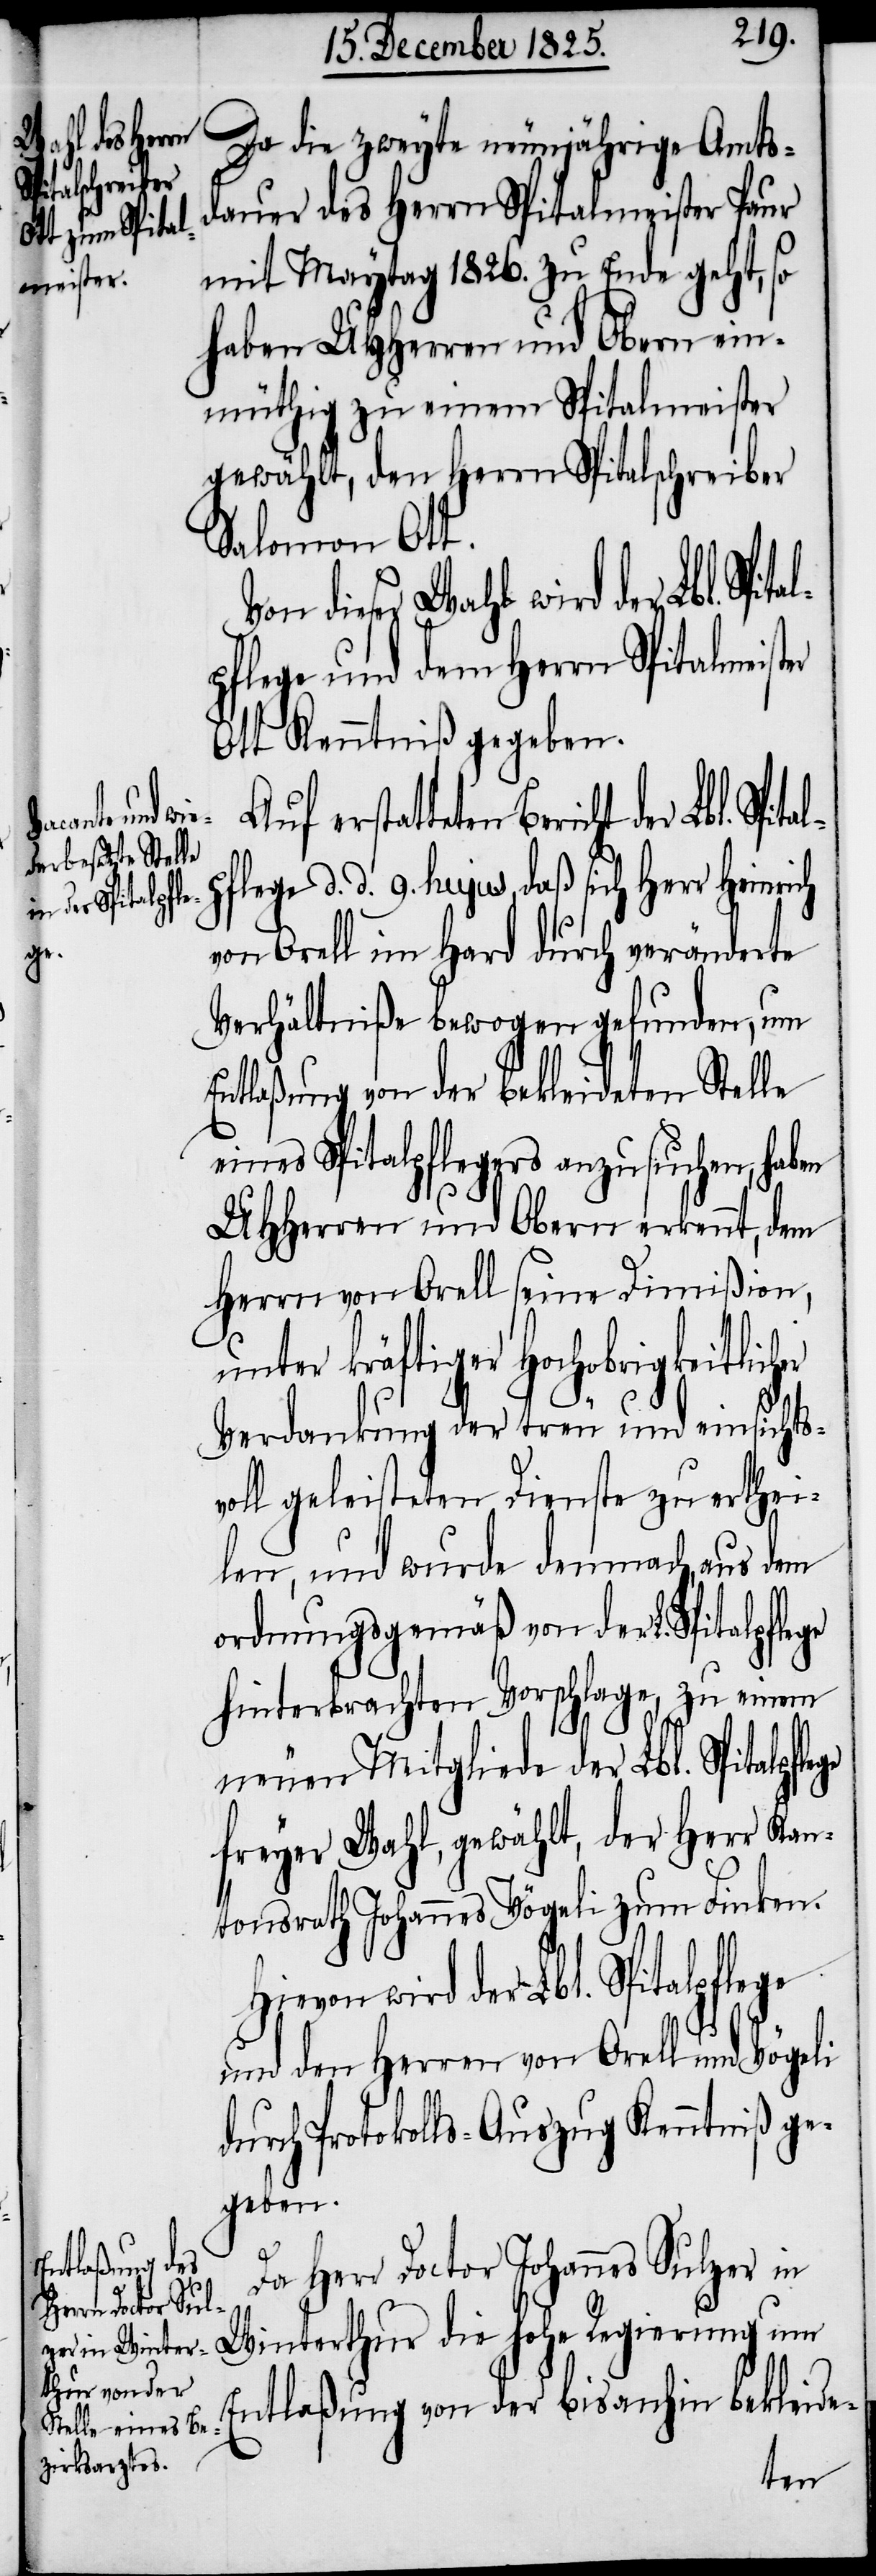
bl. Spital¬
Spitalpfle¬
ege

Da die zweyte neunjährige Amts¬
dauer des Herrn Spitalmeister Paur
mit Maytag 1826. zu Ende geht, so
haben UHHerren und Obern ein¬
müthig zu einem Spitalmeister
gewählt, den Herrn Spitalschreiber
Salomon Ott.
Von dieser Wahl wird der L¬
pflege und dem Herrn Spitalmeister
Ott Kenntniß gegeben.
Auf erstatteten Bericht der Lbl.
ge d. d. 9. hujus, daß sich Herr Heinrich
von Orell im Hard durch veränderte
Verhältniße bewogen gefunden, um
Entlaßung von der bekleideten Stelle
eines Spitalpflegers anzusuchen, haben
UHHerren und Obern erkennt, dem
Herrn von Orell seine Dimißion,
unter kräftiger Hochobrigkeitli¬
Verdankung der treu und einsichtsv¬
oll geleisteten Dienste zu erthei¬
len, und wurde demnach, aus dem
ordnungsgemäß von der L. Spitalpfle¬
hinterbrachten Vorschlage, zu einem
neuen Mitgliede der Lbl. Spitalpfl¬
freyer Wahl, gewählt, der Herr Kan¬
tonsrath Johannes Vögeli zum Finken.
Hievon wird der Lbl. Spitalpflege
und den Herren von Orell und Vögeli
durch Protokolls-Auszug Kenntniß ge¬
geben.
Da Herr Doctor Johannes Sulzer in
Winterthur die hohe Regierung um
Entlaßung von der bisanhin bekleide-
cher